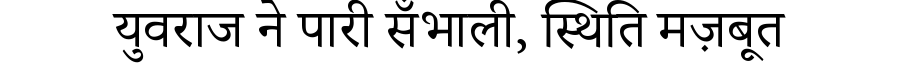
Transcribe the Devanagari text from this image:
युवराज ने पारी सँभाली, स्थिति मज़बूत